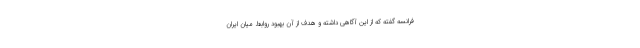
فرانسه گفته که از این آگاهی داشته و هدف از آن بهبود روابط میان ایران